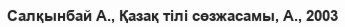
Салқынбай А., Қазақ тілі сөзжасамы, А., 2003